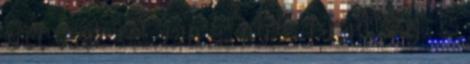
ott csak tél van és hó és fáradtság. És